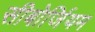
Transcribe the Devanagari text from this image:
सीबोर्जियम